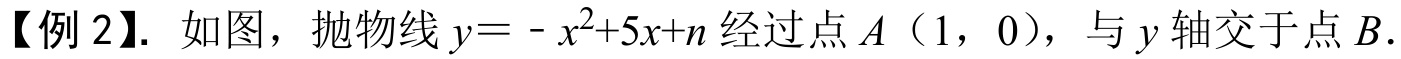
【例 2】. 如图，抛物线\(y = -x^{2}+5x + n\)经过点\(A\)（1，0），与\(y\)轴交于点\(B\).